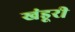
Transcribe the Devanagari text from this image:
खंडूरी